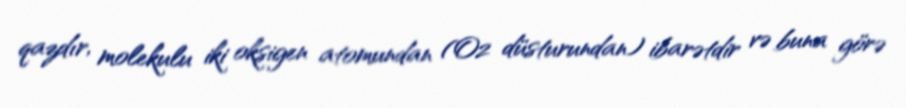
qazdır, molekulu iki oksigen atomundan (O2 düsturundan) ibarətdir və buna görə